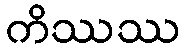
ကိဿဿ